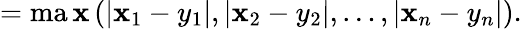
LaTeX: =\operatorname*{ma\mathbf{x}}\left(|\mathbf{x}_{1}-y_{1}|,|\mathbf{x}_{2}-y_{2}|,\ldots,|\mathbf{x}_{n}-y_{n}|\right).